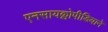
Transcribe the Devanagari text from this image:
एनसायक्लोपीडियाने